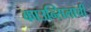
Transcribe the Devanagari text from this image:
काउन्सिलाची